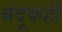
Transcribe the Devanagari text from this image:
बंदूकही